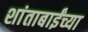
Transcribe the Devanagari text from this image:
शांताबाईंच्या